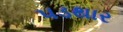
પડથાર